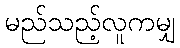
မည်သည့်လူကမျှ